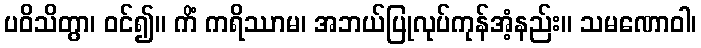
ပဝိသိတွာ၊ ဝင်၍။ ကိံ ကရိဿာမ၊ အဘယ်ပြုလုပ်ကုန်အံ့နည်း။ သမဏောဝါ၊